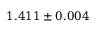
1 . 4 1 1 \pm 0 . 0 0 4